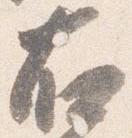
右